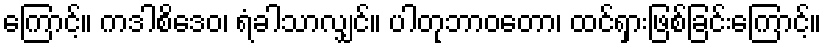
ကြောင့်။ ကဒါစိဒေဝ၊ ရံခါသာလျှင်။ ပါတုဘာဝတော၊ ထင်ရှားဖြစ်ခြင်းကြောင့်။